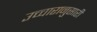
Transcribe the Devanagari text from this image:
उच्चारानुसारी